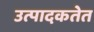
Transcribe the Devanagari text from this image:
उत्पादकतेत